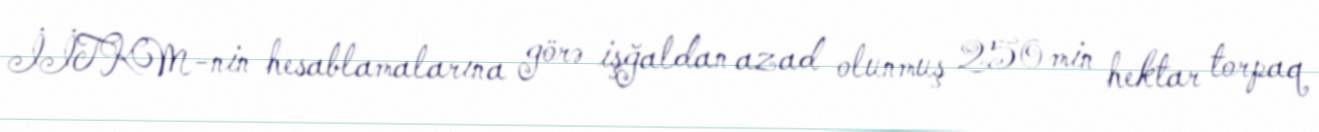
İİTKM-nin hesablamalarına görə işğaldan azad olunmuş 250 min hektar torpaq